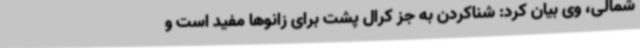
شمالی، وی بیان کرد: شناکردن به جز کرال پشت برای زانوها مفید است و